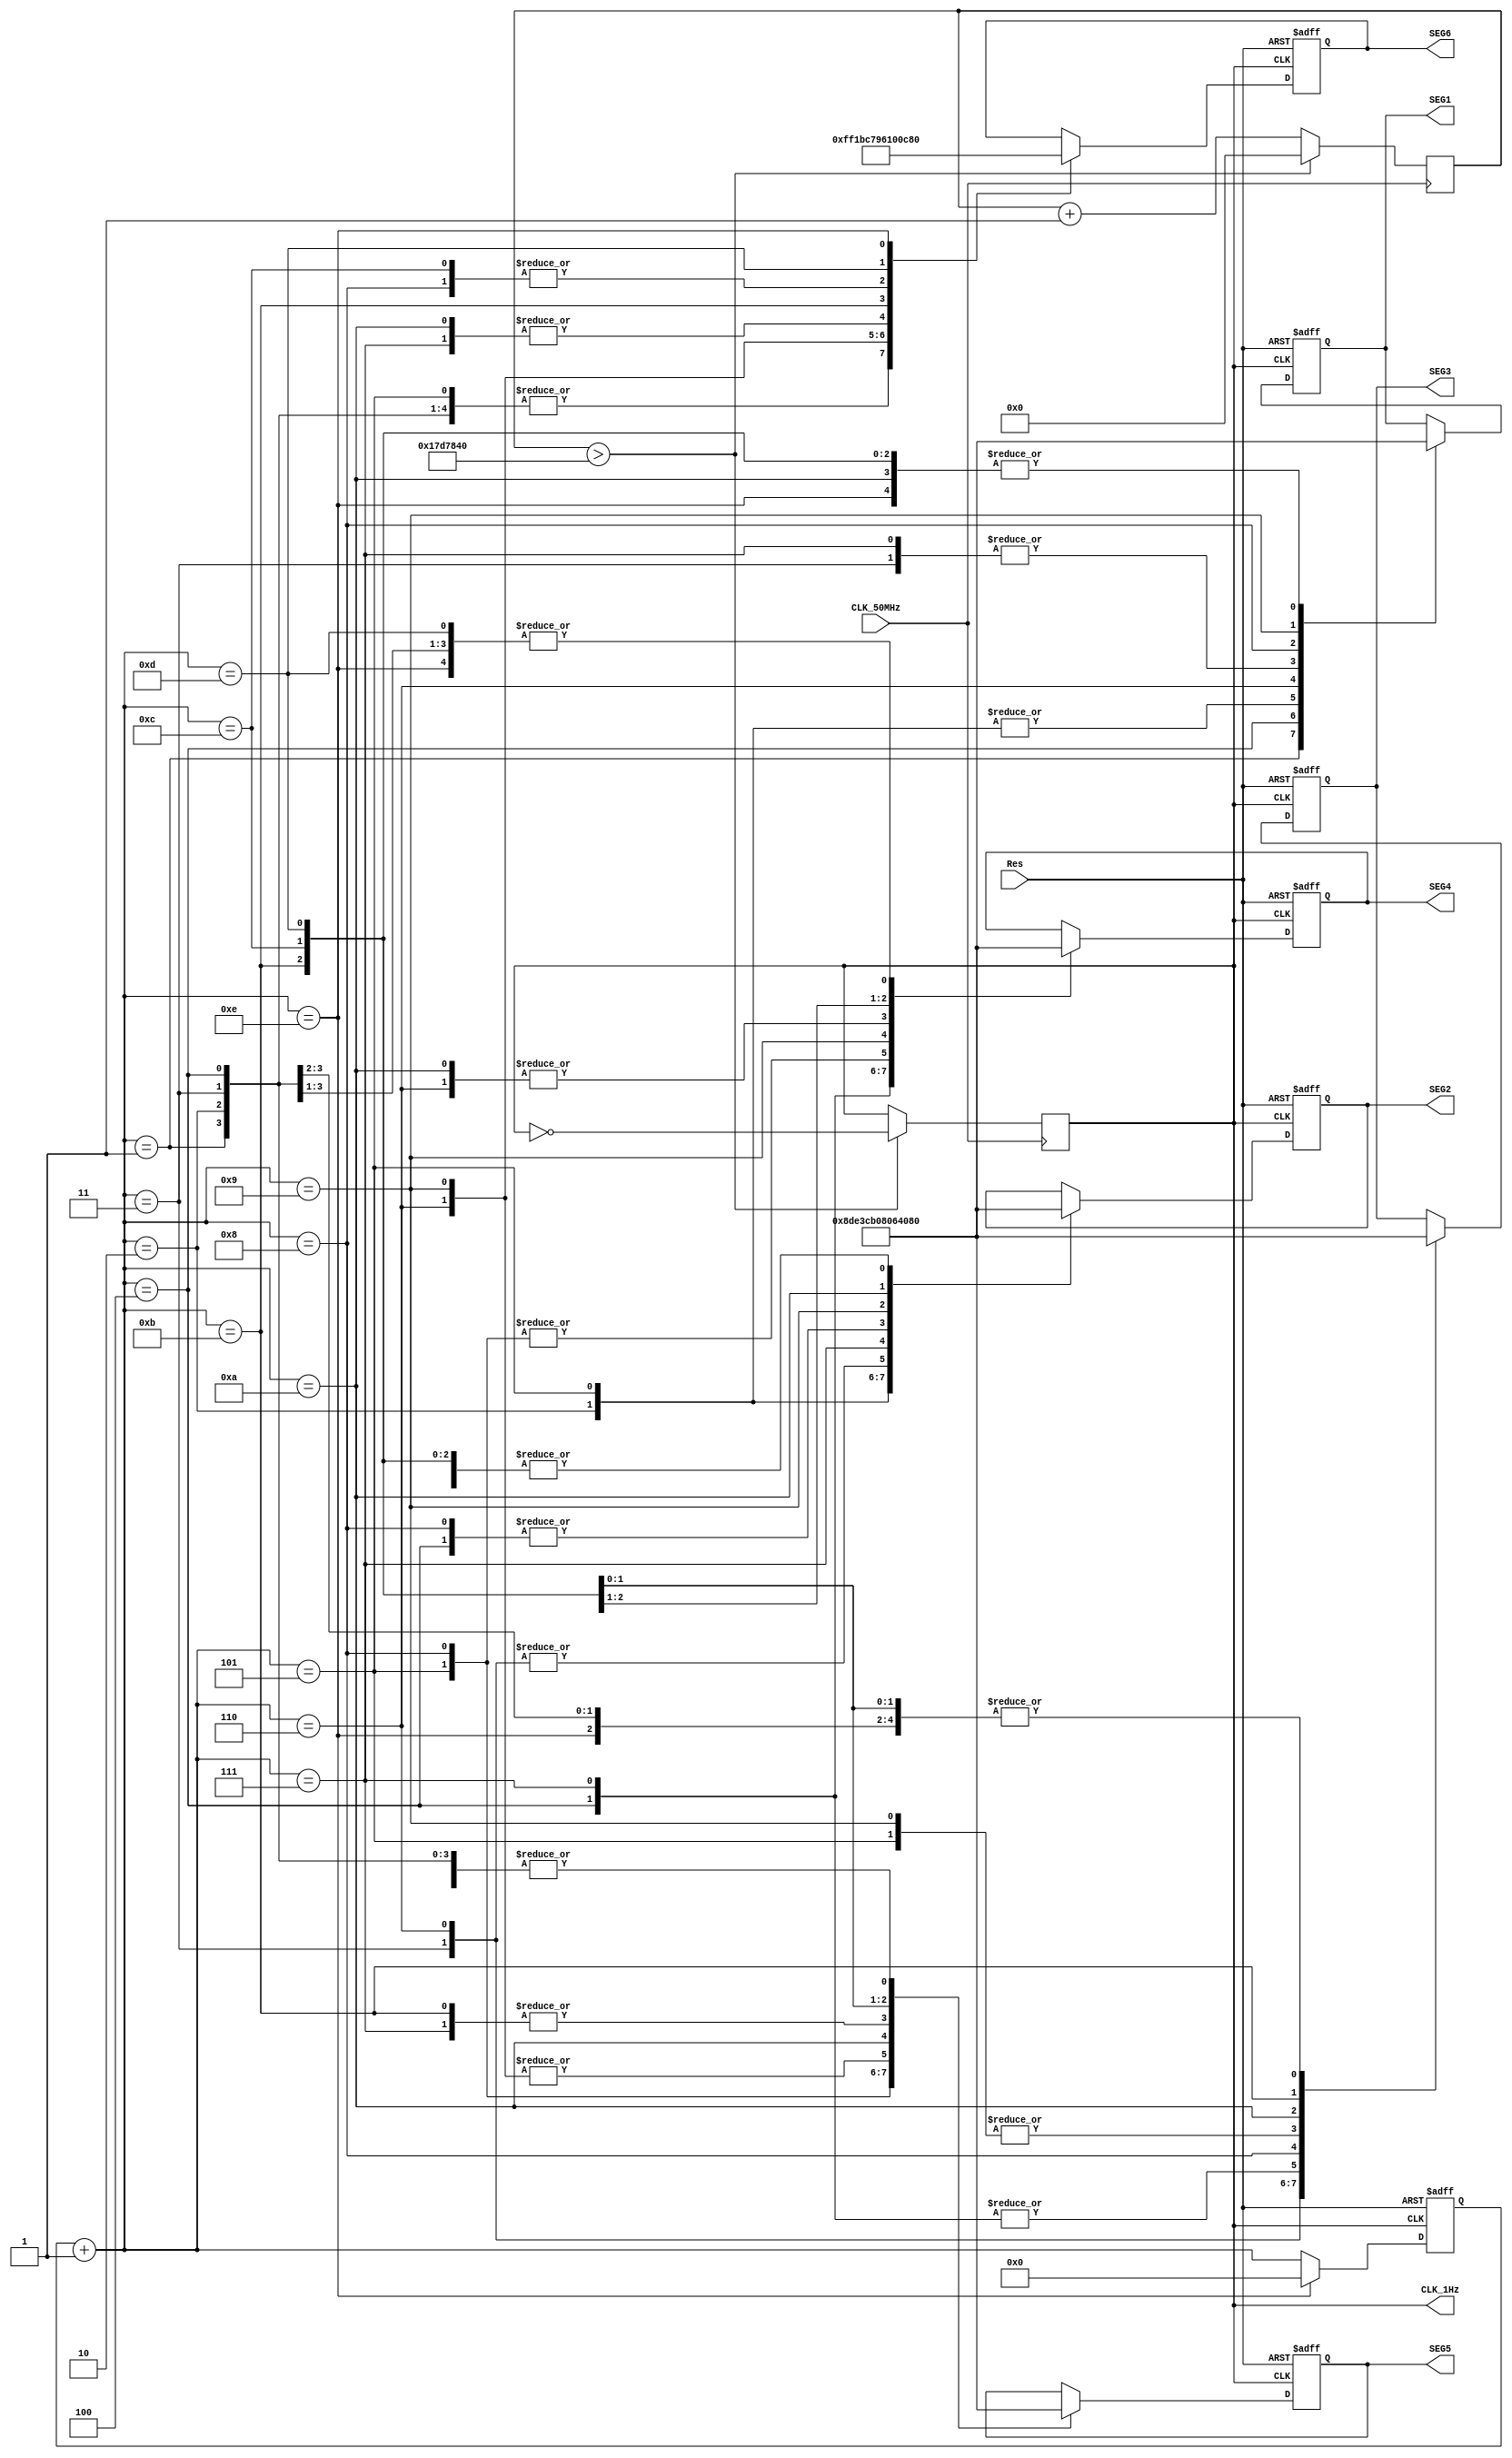
//----------------------------------------------------
//Design Name: Segment left
//Function: 7 Segment shift left
//----------------------------------------------------
module Segment_left(SEG1, SEG2, SEG3, SEG4, SEG5, SEG6,
						  CLK_1Hz, CLK_50MHz, Res);
// output
output reg [6:0]SEG1, SEG2, SEG3, SEG4, SEG5, SEG6;
output reg CLK_1Hz;
// input
input CLK_50MHz, Res;
// register
reg [27:0]CLK_1Hz_count = 0;
// parameter
parameter A = 7'b100_0110, B = 7'b111_1001, C = 7'b100_0000,
			 D = 7'b111_1000, E = 7'b111_1001, F = 7'b011_0000,
			 G = 7'b100_0000, H = 7'b001_1001, I = 7'b000_0000,
			 X = 7'b111_1111;
reg [4:0]count = 5'd0;

// 50MHz --> 1Hz = 1s
always@(posedge CLK_50MHz)begin
	if(CLK_1Hz_count > 25000000)begin // (1Hz)25000000 or (10KHz)5000
		CLK_1Hz = ~CLK_1Hz;
		CLK_1Hz_count = 1'd0;
	end
	else CLK_1Hz_count = CLK_1Hz_count + 1;
end

// 7 Segment Display
always@(posedge CLK_1Hz or negedge Res)begin
	if(!Res)begin
		SEG6 = X;
		SEG5 = X;
		SEG4 = X;
		SEG3 = X;
		SEG2 = X;
		SEG1 = A;
		count = 5'd0;
	end
	else begin
		count = count + 1;
		case(count)
			5'd1:begin
				SEG6 = X;
				SEG5 = X;
				SEG4 = X;
				SEG3 = X;
				SEG2 = X;
				SEG1 = A;
			end
			5'd2:begin
				SEG6 = X;
				SEG5 = X;
				SEG4 = X;
				SEG3 = X;
				SEG2 = A;
				SEG1 = B;
			end
			5'd3:begin
				SEG6 = X;
				SEG5 = X;
				SEG4 = X;
				SEG3 = A;
				SEG2 = B;
				SEG1 = C;
			end
			5'd4:begin
				SEG6 = X;
				SEG5 = X;
				SEG4 = A;
				SEG3 = B;
				SEG2 = C;
				SEG1 = D;
			end
			5'd5:begin
				SEG6 = X;
				SEG5 = A;
				SEG4 = B;
				SEG3 = C;
				SEG2 = D;
				SEG1 = E;
			end
			5'd6:begin
				SEG6 = A;
				SEG5 = B;
				SEG4 = C;
				SEG3 = D;
				SEG2 = E;
				SEG1 = F;
			end
			5'd7:begin
				SEG6 = B;
				SEG5 = C;
				SEG4 = D;
				SEG3 = E;
				SEG2 = F;
				SEG1 = G;
			end
			5'd8:begin
				SEG6 = C;
				SEG5 = D;
				SEG4 = E;
				SEG3 = F;
				SEG2 = G;
				SEG1 = H;
			end
			5'd9:begin
				SEG6 = D;
				SEG5 = E;
				SEG4 = F;
				SEG3 = G;
				SEG2 = H;
				SEG1 = I;
			end
			5'd10:begin
				SEG6 = E;
				SEG5 = F;
				SEG4 = G;
				SEG3 = H;
				SEG2 = I;
				SEG1 = X;
			end
			5'd11:begin
				SEG6 = F;
				SEG5 = G;
				SEG4 = H;
				SEG3 = I;
				SEG2 = X;
				SEG1 = X;
			end
			5'd12:begin
				SEG6 = G;
				SEG5 = H;
				SEG4 = I;
				SEG3 = X;
				SEG2 = X;
				SEG1 = X;
			end
			5'd13:begin
				SEG6 = H;
				SEG5 = I;
				SEG4 = X;
				SEG3 = X;
				SEG2 = X;
				SEG1 = X;
			end
			5'd14:begin
				SEG6 = I;
				SEG5 = X;
				SEG4 = X;
				SEG3 = X;
				SEG2 = X;
				SEG1 = X;
				count = 4'd0;
			end
		endcase
	end
end
endmodule